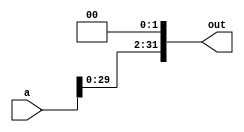
`timescale 1ns / 1ps
//////////////////////////////////////////////////////////////////////////////////
// Company: 
// Engineer: 
// 
// Design Name: 
// Module Name: Shift
// Project Name: 
// Target Devices: 
// Tool Versions: 
// Description: 
// 
// Dependencies: 
// 
// Revision:
// Revision 0.01 - File Created
// Additional Comments:
// 
//////////////////////////////////////////////////////////////////////////////////


module Shift( input[31:0] a,output reg [31:0] out

    );
    
    always @*
    begin
     out = a<<2;
    
    end
endmodule